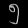
Digit: ၅